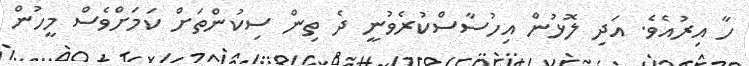
ހާ އިރުއެވެ. އަދި ލޮޅުން އިހުސާސްކުރެވުނީ ދެ ތިން ސިކުންތަށް ކަމަށްވެސް މީހުން